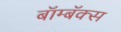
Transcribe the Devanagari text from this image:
बॉम्बॅक्स